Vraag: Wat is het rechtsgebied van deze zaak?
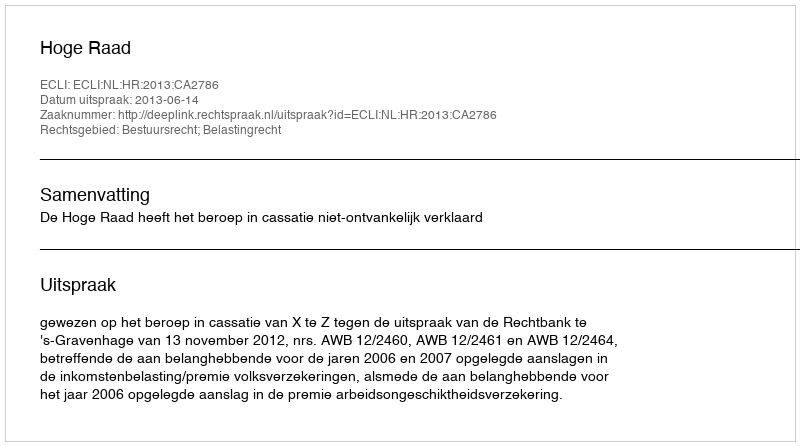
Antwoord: Bestuursrecht; Belastingrecht